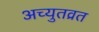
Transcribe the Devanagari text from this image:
अच्युतव्रत